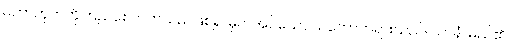
မဟာဘုတ်ကိုကြည်စေတတ်သည်ဖြစ်၍ မှတ်အပ်သော သဘောတရားသည်။ ဃာနံ၊ မည်၏။